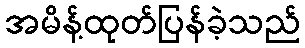
အမိန့်ထုတ်ပြန်ခဲ့သည်